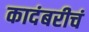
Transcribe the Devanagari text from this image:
कादंबरीचं